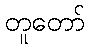
တူတော်